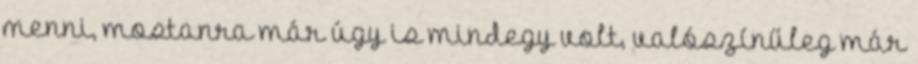
menni, mostanra már úgy is mindegy volt, valószínűleg már